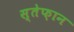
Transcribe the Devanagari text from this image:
स्तेफ़ान